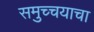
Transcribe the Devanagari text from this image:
समुच्चयाचा